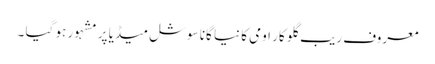
معروف ریب گلو کار اومی کا نیا گانا سوشل میڈیا پر مشہور ہو گیا ۔